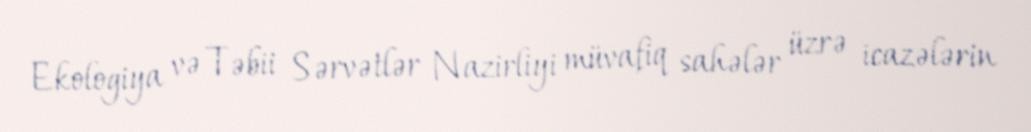
Ekologiya və Təbii Sərvətlər Nazirliyi müvafiq sahələr üzrə icazələrin